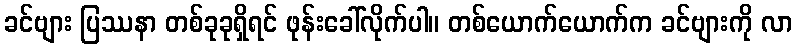
ခင်ဗျား ပြဿနာ တစ်ခုခုရှိရင် ဖုန်းခေါ်လိုက်ပါ။ တစ်ယောက်ယောက်က ခင်ဗျားကို လာ